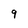
Character: 9